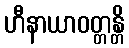
ဟီနာယာဝတ္တန္တိ